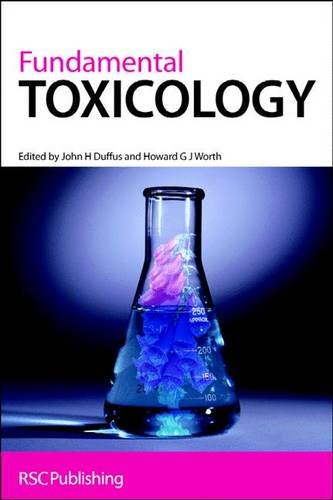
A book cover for Fundamental Toxicology: RSC; Medical Books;